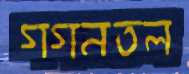
গগনতল